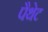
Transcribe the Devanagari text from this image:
पैथेट